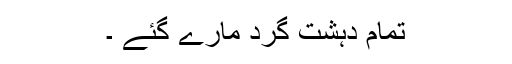
تمام دہشت گرد مارے گئے ۔